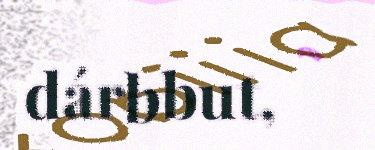
dárbbut,